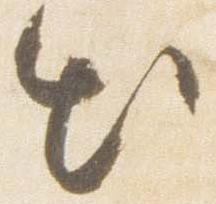
出